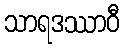
သာရဒဿာဝီ